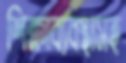
শিক্ষাব্যবস্থাসহ